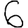
Digit: 6